Civil Veterinary Dept. Bombay admin report 1907-1913 - 1907-1913
Year: 1907
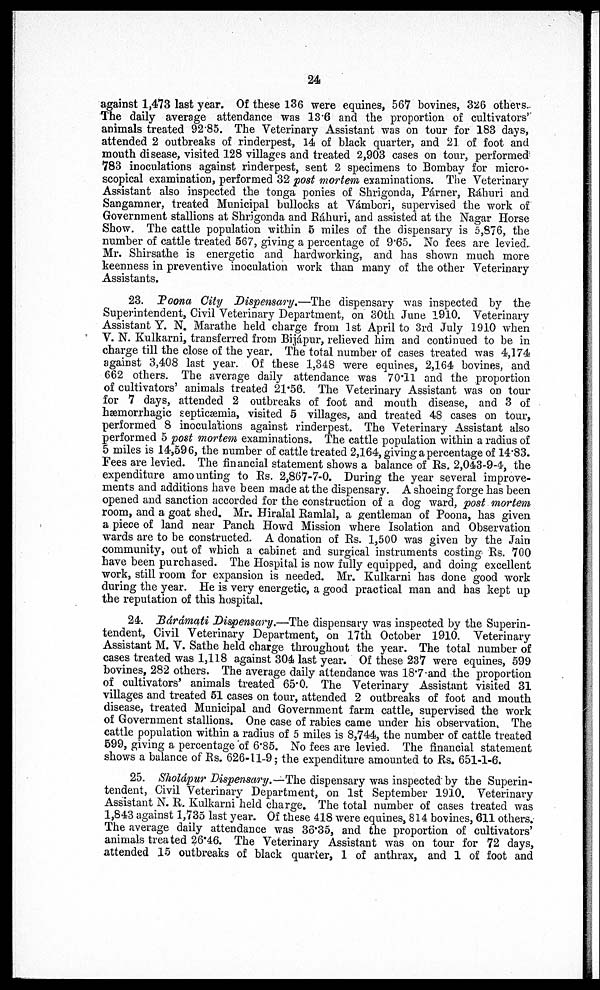
24
against 1,473 last year. Of these 136 were equines, 567 bovines, 326 others.
The daily average attendance was 13.6 and the proportion of cultivators'
animals treated 92.85. The Veterinary Assistant was on tour for 183 days,
attended 2 outbreaks of rinderpest, 14 of black quarter, and 21 of foot and
mouth disease, visited 128 villages and treated 2,903 cases on tour, performed
783 inoculations against rinderpest, sent 2 specimens to Bombay for micro-
scopical examination, performed 32 post mortem examinations. The Veterinary
Assistant also inspected the tonga ponies of Shrigonda, Párner, Ráhuri and
Sangamner, treated Municipal bullocks at Vámbori, supervised the work of
Government stallions at Shrigonda and Ráhuri, and assisted at the Nagar Horse
Show. The cattle population within 5 miles of the dispensary is 5,876, the
number of cattle treated 567, giving a percentage of 9.65. No fees are levied.
Mr. Shirsathe is energetic and hardworking, and has shown much more
keenness in preventive inoculation work than many of the other Veterinary
Assistants.
23. Poona City Dispensary.—The dispensary was inspected by the
Superintendent, Civil Veterinary Department, on 30th June 1910. Veterinary
Assistant Y. N. Marathe held charge from 1st April to 3rd July 1910 when
V. N. Kulkarni, transferred from Bijápur, relieved him and continued to be in
charge till the close of the year. The total number of cases treated was 4,174
against 3,408 last year. Of these 1,348 were equines, 2,164 bovines, and
662 others. The average daily attendance was 70.11 and the proportion
of cultivators' animals treated 21.56. The Veterinary Assistant was on tour
for 7 days, attended 2 outbreaks of foot and mouth disease, and 3 of
hæmorrhagic septicæmia, visited 5 villages, and treated 4S cases on tour,
performed 8 inoculations against rinderpest. The Veterinary Assistant also
performed 5 post mortem examinations. The cattle population within a radius of
5 miles is 14,596, the number of cattle treated 2,164, giving a percentage of 14.83.
Fees are levied. The financial statement shows a balance of Rs. 2,043-9-4, the
expenditure amounting to Rs. 2,867-7-0. During the year several improve-
ments and additions have been made at the dispensary. A shoeing forge has been
opened and sanction accorded for the construction of a dog ward, post mortem
room, and a goat shed. Mr. Hiralal Ramlal, a gentleman of Poona, has given
a piece of land near Panch Howd Mission where Isolation and Observation
wards are to be constructed. A donation of Rs. 1,500 was given by the Jain
community, out of which a cabinet and surgical instruments costing Rs. 700
have been purchased. The Hospital is now fully equipped, and doing excellent
work, still room for expansion is needed. Mr. Kulkarni has done good work
during the year. He is very energetic, a good practical man and has kept up
the reputation of this hospital.
24. Bárámati Dispensary.—The dispensary was inspected by the Superin-
tendent, Civil Veterinary Department, on 17th October 1910. Veterinary
Assistant M. V. Sathe held charge throughout the year. The total number of
cases treated was 1,118 against 304 last year. Of these 237 were equines, 599
bovines, 282 others. The average daily attendance was 18.7-and the proportion
of cultivators' animals treated 65.0. The Veterinary Assistant visited 31
villages and treated 51 cases on tour, attended 2 outbreaks of foot and mouth
disease, treated Municipal and Government farm cattle, supervised the work
of Government stallions. One case of rabies came under his observation. The
cattle population within a radius of 5 miles is 8,744, the number of cattle treated
599, giving a percentage of 6.85. No fees are levied. The financial statement
shows a balance of Rs. 626-11-9; the expenditure amounted to Rs. 651-1-6.
25. Sholápur Dispensary.—The dispensary was inspected by the Superin-
tendent, Civil Veterinary Department, on 1st September 1910. Veterinary
Assistant N. R. Kulkarni held charge. The total number of cases treated was
1,843 against 1,735 last year. Of these 418 were equines, 814 bovines, 611 others.
The average daily attendance was 36.35, and the proportion of cultivators'
animals treated 26.46. The Veterinary Assistant was on tour for 72 days,
attended 15 outbreaks of black quarter, 1 of anthrax, and 1 of foot and